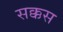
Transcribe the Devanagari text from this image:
सक्कस